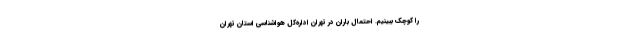
را کوچک ببینیم. احتمال باران در تهران اداره‌کل هواشناسی استان تهران